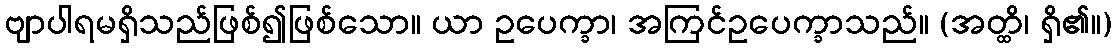
ဗျာပါရမရှိသည်ဖြစ်၍ဖြစ်သော။ ယာ ဥပေက္ခာ၊ အကြင်ဥပေက္ခာသည်။ (အတ္ထိ၊ ရှိ၏။)